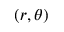
( r , \theta )